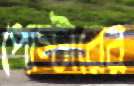
পোস্টারের